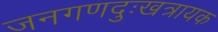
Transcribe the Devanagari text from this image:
जनगणदुःखत्रायक